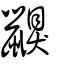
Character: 鼳